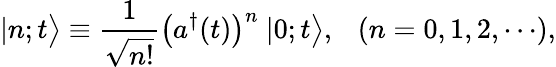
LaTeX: |n;t\bigr>\equiv\frac{1}{\sqrt{n!}}\bigl(a^{\dagger}(t)\bigr)^{n}~|0;t\bigr>,~~~(n=0,1,2,\cdots),